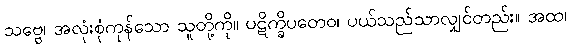
သဗ္ဗေ၊ အလုံးစုံကုန်သော သူတို့ကို။ ပဋိက္ခိပတေဝ၊ ပယ်သည်သာလျှင်တည်း။ အထ၊